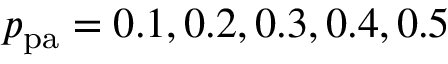
p _ { \mathrm { p a } } = 0 . 1 , 0 . 2 , 0 . 3 , 0 . 4 , 0 . 5